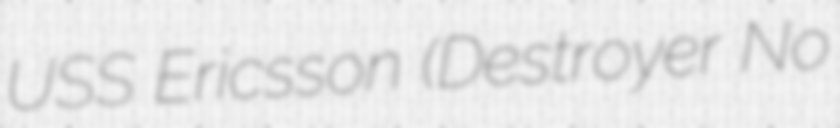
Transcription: USS Ericsson (Destroyer No